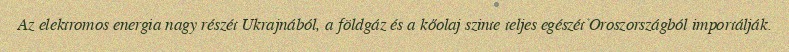
Az elektromos energia nagy részét Ukrajnából, a földgáz és a kőolaj szinte teljes egészét Oroszországból importálják.